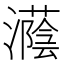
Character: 𪷵